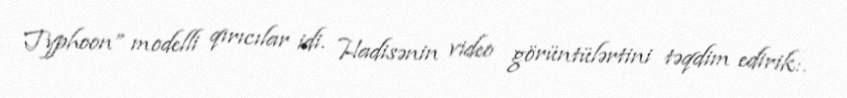
Typhoon” modelli qırıcılar idi. Hadisənin video görüntülərtini təqdim edirik:.